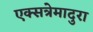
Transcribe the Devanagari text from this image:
एक्सत्रेमादुरा